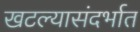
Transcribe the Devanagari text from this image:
खटल्यासंदर्भात